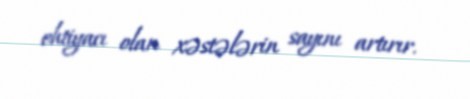
ehtiyacı olan xəstələrin sayını artırır.